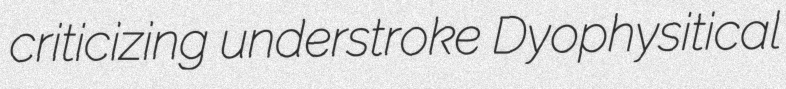
criticizing understroke Dyophysitical